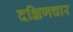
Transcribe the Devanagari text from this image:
दक्षिणचार